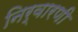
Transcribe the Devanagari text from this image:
निर्वारणी